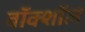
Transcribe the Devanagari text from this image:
वॉक्शॉल